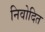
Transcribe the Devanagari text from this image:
निवोदित